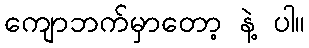
ကျောဘက်မှာတော့ နဲ့ ပါ။